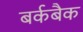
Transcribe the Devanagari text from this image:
बर्कबैक